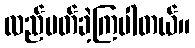
လည်ပတ်ခဲ့ကြပါတယ်။